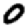
Digit: 0